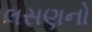
લસણનો